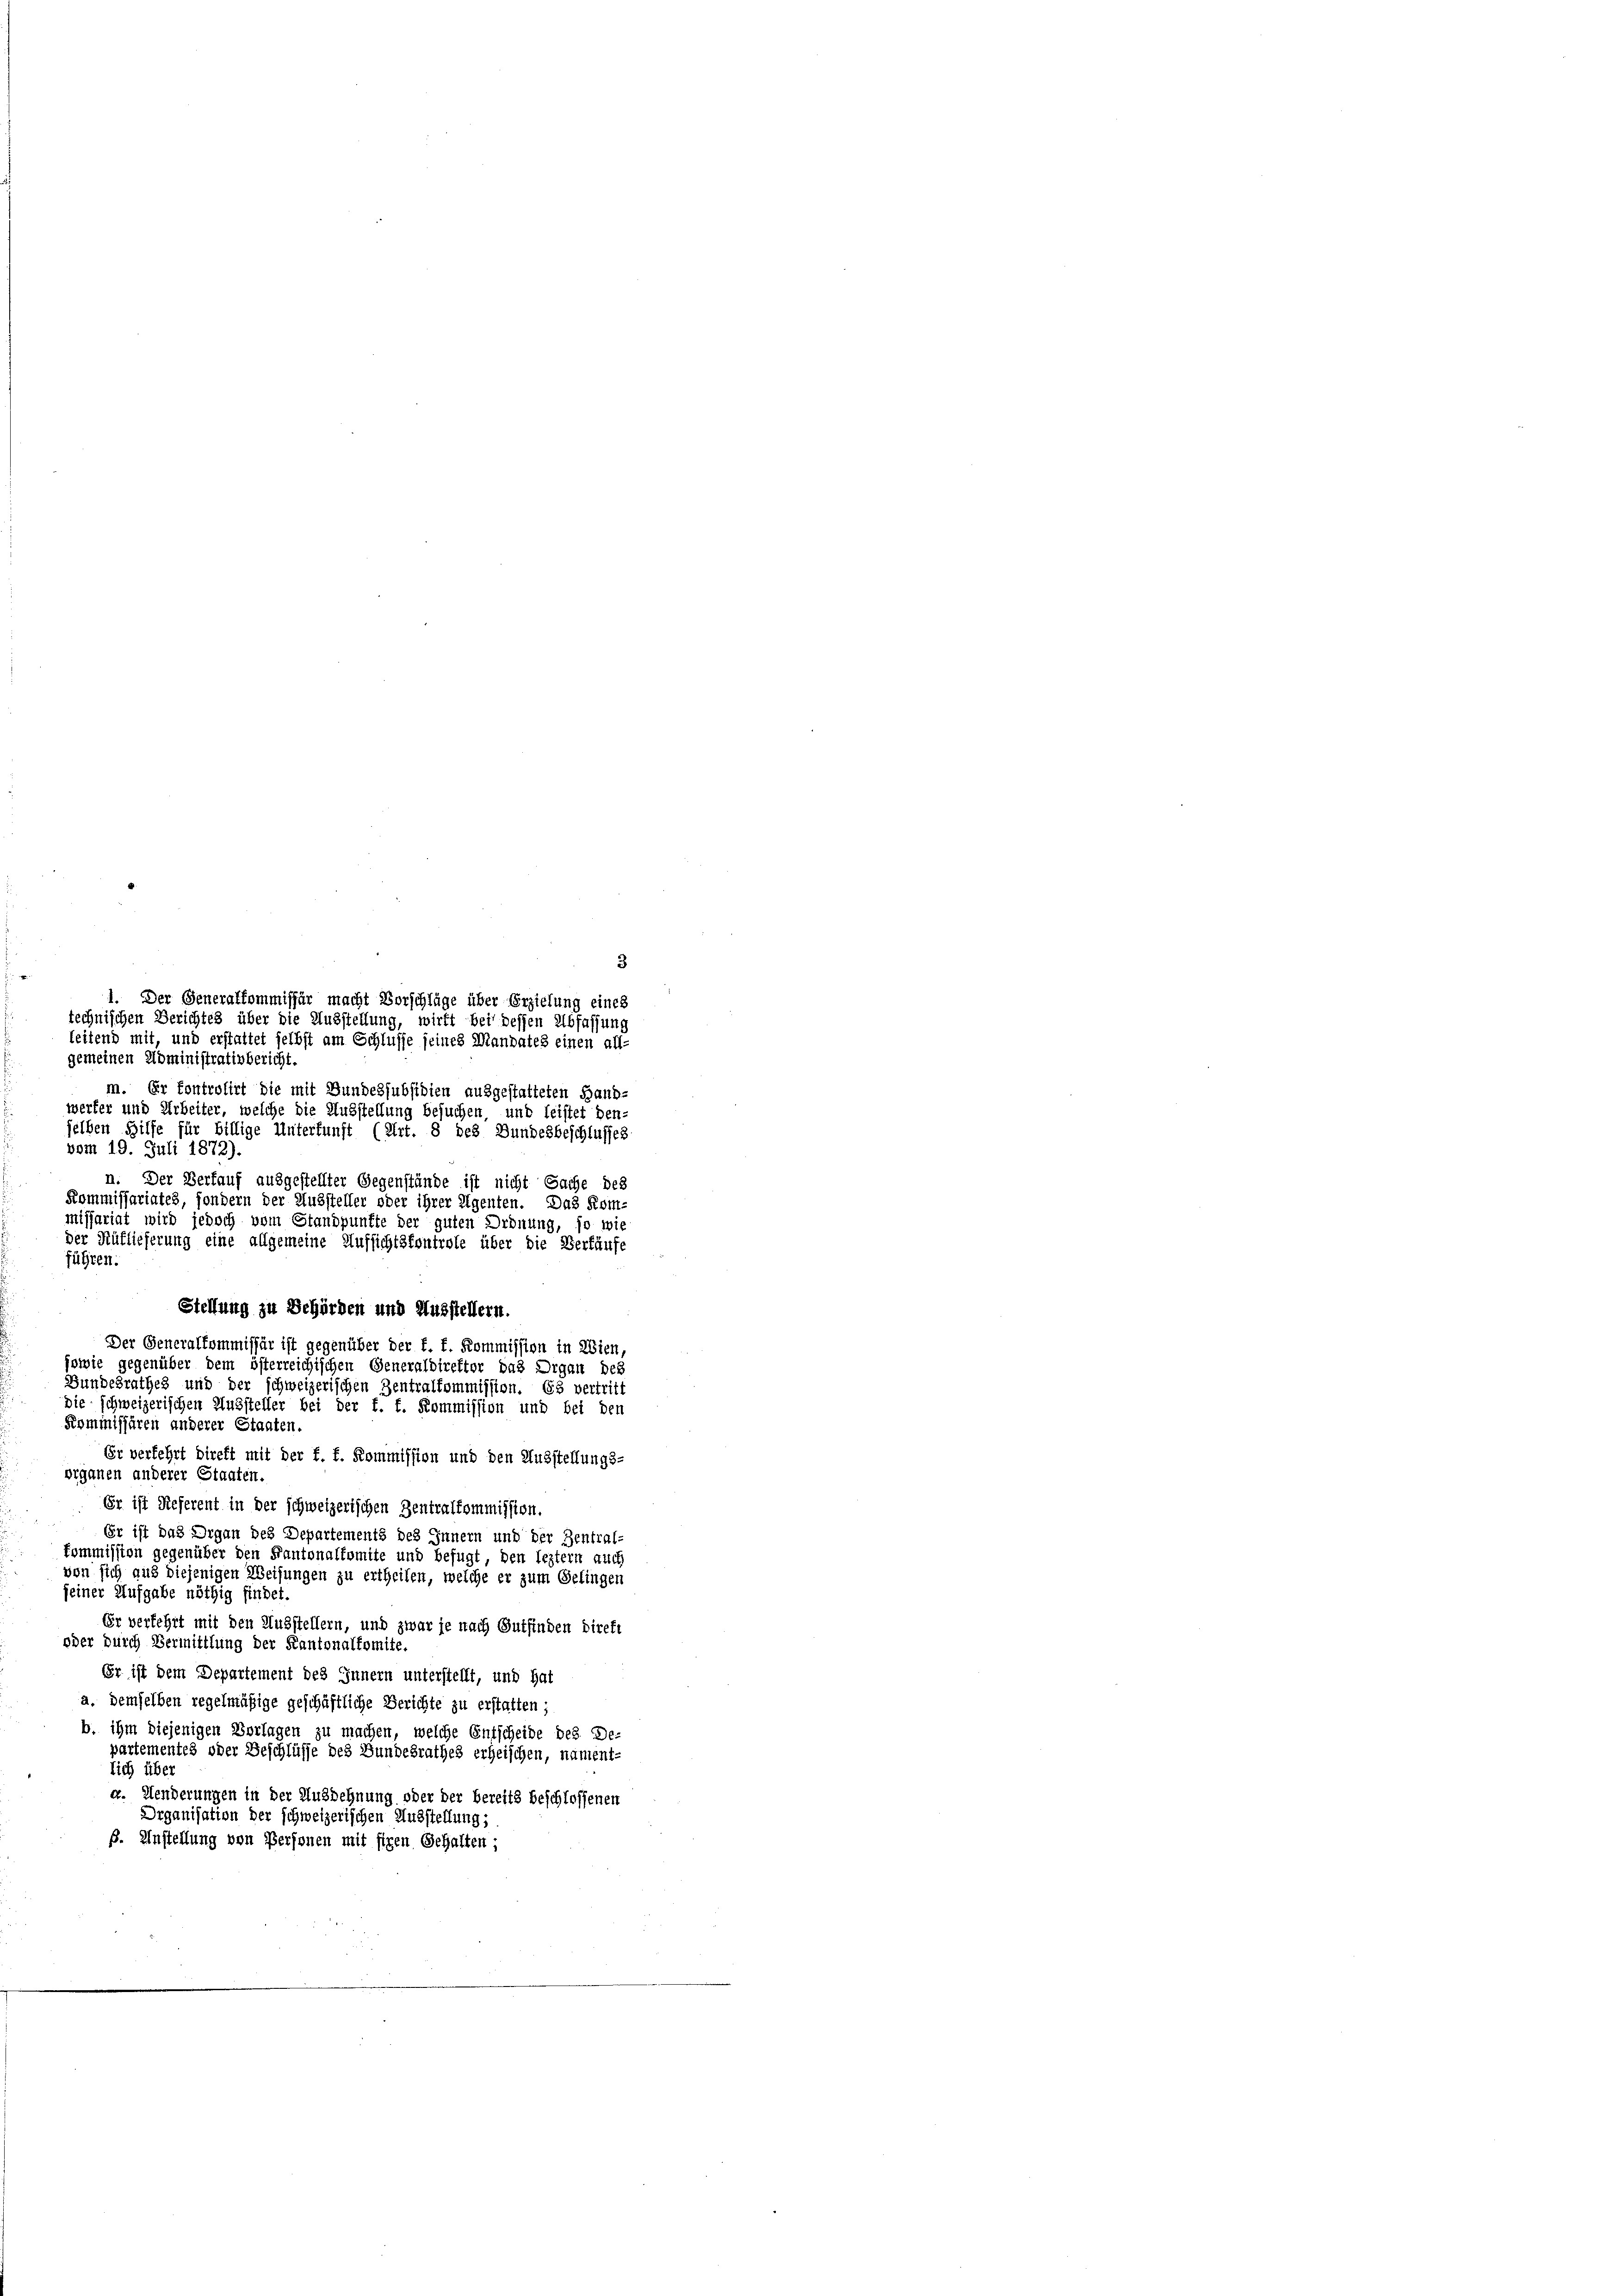
1. Der Generalkommissär macht Vorschläge über Erzielung eines
technischen Berichtes über die Ausstellung, wirft bei dessen Abfassung
leitend mit, und erstattet selbst am Schlusse seines Mandates einen all-
gemeinen Administrativbericht.
m. Er kontrolirt die mit Bundessubsidien ausgestatteten Hand-
werfer und Arbeiter, welche die Ausstellung besuchen, und leistet den-
selben Hilfe für billige Unterfunft (Art. 8 des Bundesbeschlusses
vom 19. Juli 1872).
n. Der Verfauf ausgestellter Gegenstände ist nicht Sache des
Kommissariates, sondern der Aussteller oder ihrer Eigenten. Das Kom-
missariat wird jedoch vom Standpunkte der guten Ordnung, so wie
der Nüflieferung eine allgemeine Aufsichtsfontrole über die Verkäufe
führen.
Stellung zu Behörden und Ausstellern.
Der Generalkommissär ist gegenüber der f. f. Kommission in Wien
sowie gegenüber dem österreichischen Generaldirektor das Organ des
Bundesrathes und der schweizerischen Zentralkommission. Es vertritt
die schweizerischen Aussteller bei der f. f. Kommission und bei den
Kommissären anderer Staaten.
Er verfehrt direkt mit der f. f. Kommission und den Ausstellungs-
organen anderer Staaten.
Er ist Referent in der schweizerischen Zentralkommission.
Er ist das Organ des Departements des Innern und der Zentral-
kommission gegenüber den Kantonalfomite und befugt, den leztem auch
von sich aus diejenigen Weisungen zu ertheilen, welche er zum Gelingen
seiner Aufgabe nöthig findet.
Er verfehrt mit den Ausstellern, und zwar je nach Gutfinden direkt
oder durch Vermittlung der Kantonalfomite.
Er ist dem Departement des Innern unterstellt, und hat
a. demselben regelmäßige geschäftliche Berichte zu erstatten;
b. ihm diejenigen Vorlagen zu machen, welche Entscheide des De-
partementes oder Beschlüsse des Bundesrathes erheischen, nament-
lich über
a. Henderungen in der Ausdehnung oder der bereits beschlossenen
Drganisation der schweizerischen Ausstellung;
ß. Anstellung von Personen mit fixen Gehalten;

3